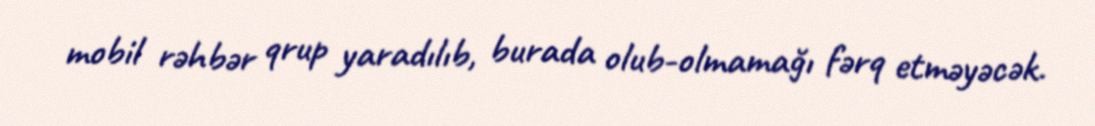
mobil rəhbər qrup yaradılıb, burada olub-olmamağı fərq etməyəcək.